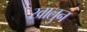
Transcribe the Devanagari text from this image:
खालुन